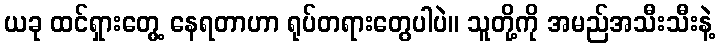
ယခု ထင်ရှားတွေ့ နေရတာဟာ ရုပ်တရားတွေပါပဲ။ သူတို့ကို အမည်အသီးသီးနဲ့